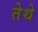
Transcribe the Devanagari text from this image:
तेेथे